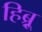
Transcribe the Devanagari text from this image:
हिब्र्रू